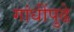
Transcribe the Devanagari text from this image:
गांधींपुढे